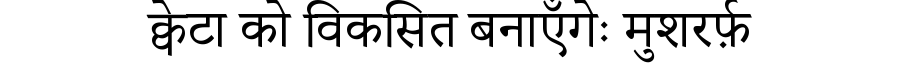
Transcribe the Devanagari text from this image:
क्वेटा को विकसित बनाएँगेः मुशरर्फ़